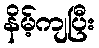
နိမ့်ကျပြီး